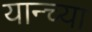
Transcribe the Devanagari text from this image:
यान्च्या